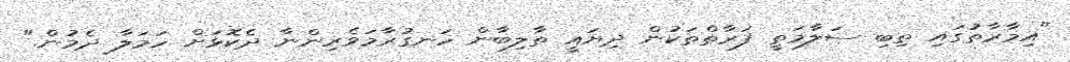
"އިމާރާތުގައި ތިބި ސަލާމަތީ ފަރާތްތަކުން ދިޔައީ ތާލިބާން ހަނގުރާމަވެރިންނާ ދެކޮޅަށް ހަމަލާ ދެމުން."